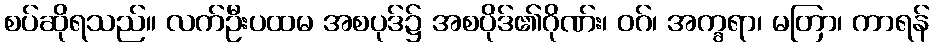
စပ်ဆိုရသည်။ လက်ဦးပထမ အစပုဒ်၌ အစပိုဒ်၏ဂိုဏ်း၊ ဝဂ်၊ အက္ခရာ၊ မတြာ၊ ကာရန်